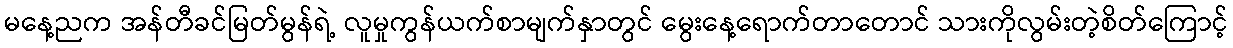
မနေ့ညက အန်တီခင်မြတ်မွန်ရဲ့ လူမှုကွန်ယက်စာမျက်နှာတွင် မွေးနေ့ရောက်တာတောင် သားကိုလွမ်းတဲ့စိတ်ကြောင့်